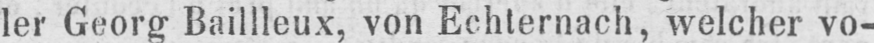
ler Georg Baillleux, von Echternach, welcher vo-